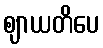
ဈာယတိပေ